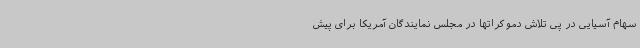
سهام آسیایی در پی تلاش دموکراتها در مجلس نمایندگان آمریکا برای پیش